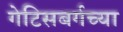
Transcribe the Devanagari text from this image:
गेटिसबर्गच्या